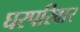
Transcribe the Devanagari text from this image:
घरपरिवार